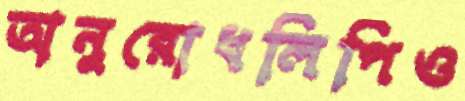
অনুরোধলিপিও